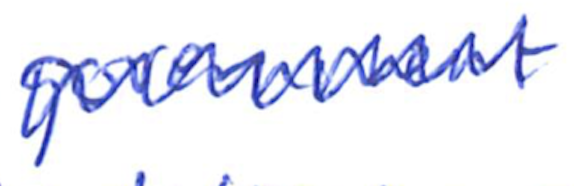
Text: government
Cross-out: zig-zag
Writing tool: ballpoint